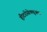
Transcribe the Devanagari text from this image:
हीटरोसेक्सुअल